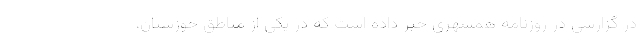
در گزارشی در روزنامه همشهری خبر داده است که در یکی از مناطق خوزستان،